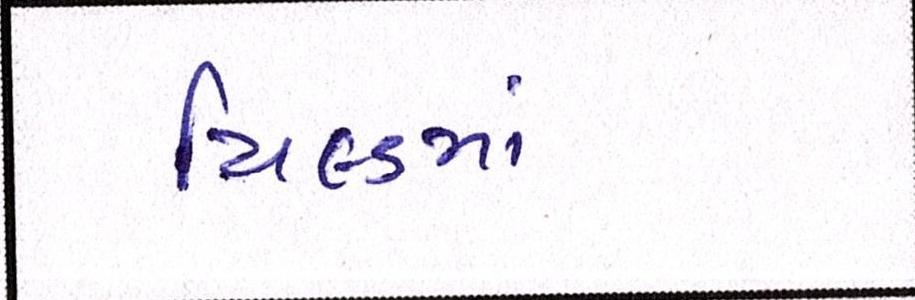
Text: યિલ્ડમાં